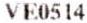
VE0514